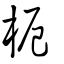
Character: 枙